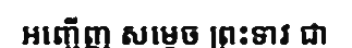
អញ្ជើញ សម្តេច ព្រះទាវ ជា